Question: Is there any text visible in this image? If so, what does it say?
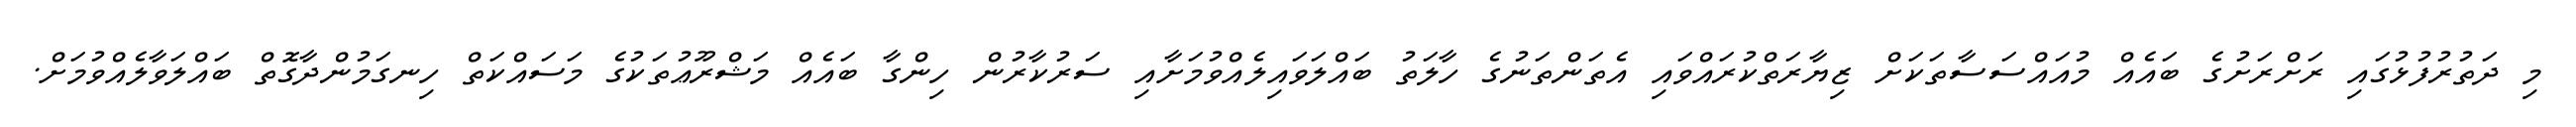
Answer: މި ދަތުރުފުޅުގައި ރަށްރަށުގެ ބައެއް މުއައްސަސާތަކަށް ޒިޔާރަތްކުރައްވައި އެތަންތަނުގެ ހާލަތު ބައްލަވައިލެއްވުމަށާއި ސަރުކާރުން ހިންގާ ބައެއް މަޝްރޫޢުތަކުގެ މަސައްކަތް ހިނގަމުންދާގޮތް ބައްލަވާލެއްވުމަށް.